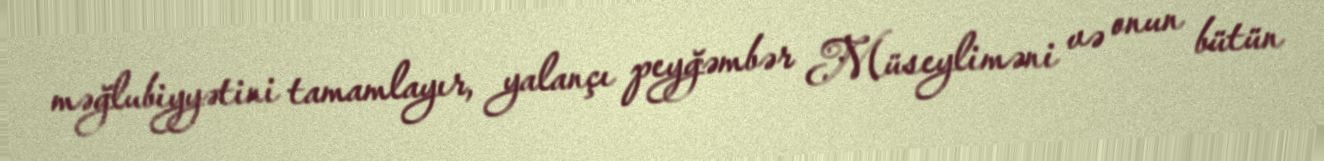
məğlubiyyətini tamamlayır, yalançı peyğəmbər Müseyliməni və onun bütün